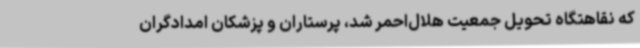
که نقاهتگاه تحویل جمعیت هلال‌احمر شد، پرستاران و پزشکان امدادگران